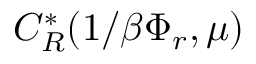
C _ { R } ^ { * } ( 1 / \beta \Phi _ { r } , \mu )